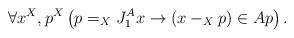
LaTeX: \begin{align*}\forall x^X,p^X\left(p=_XJ^A_{1} x\rightarrow (x-_Xp)\in Ap\right).\end{align*}